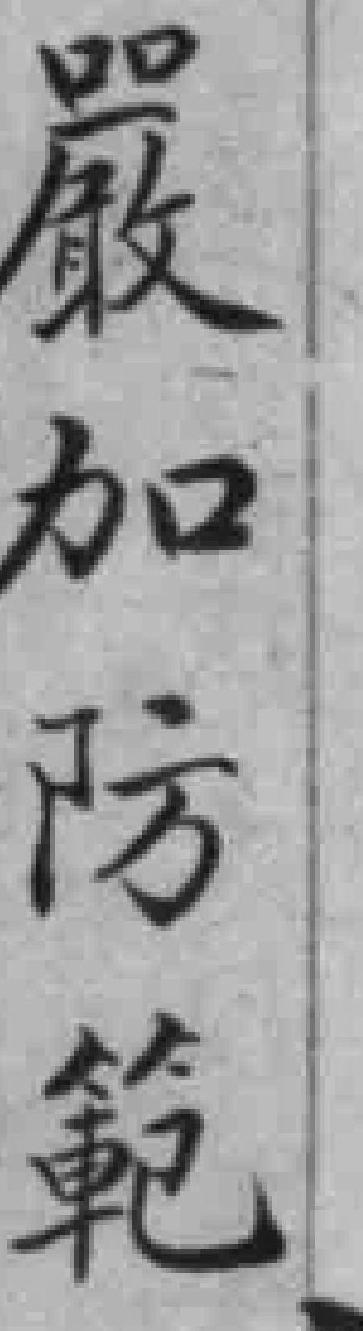
嚴加防範